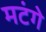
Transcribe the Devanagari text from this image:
मटंगे